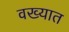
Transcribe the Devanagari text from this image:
वख्यात